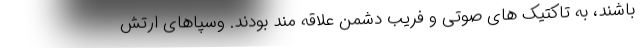
باشند، به تاکتیک های صوتی و فریب دشمن علاقه مند بودند. وسپاهای ارتش